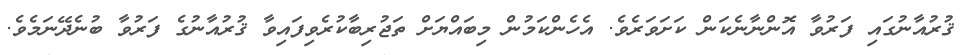
ޤުރުއާނުގައި ފަރުވާ އޮންނާނެކަން ކަށަވަރެވެ. އެހެންކަމުން މިބައްޔަށް ތަޖުރިބާކުރެވިފައިވާ ޤުރުއާނުގެ ފަރުވާ ބުނެދޭނަމެވެ.